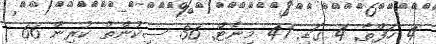
4 ހަފްތާ